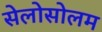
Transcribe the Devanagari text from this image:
सेलोसोलम